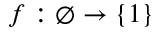
f : \emptyset \to \{ 1 \}